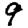
Digit: 9